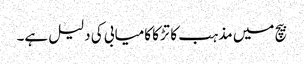
بیچ میں مذہب کا تڑکا کامیابی کی دلیل ہے۔